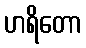
ဟရိတော